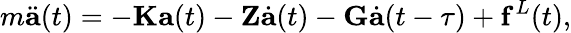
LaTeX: m\ddot{\mathbf{a}}(t)=-\mathbf{K}\mathbf{a}(t)-\mathbf{Z}\dot{\mathbf{a}}(t)-\mathbf{G}\dot{\mathbf{a}}(t-\tau)+\mathbf{f}^{L}(t),